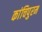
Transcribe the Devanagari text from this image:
कांचिपुरम